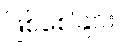
ဖြစ်စေခြင်း